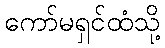
ကော်မရှင်ထံသို့